Punjab Mental Hospital Lahore 1922-31 - 1922-1931
Year: 1922
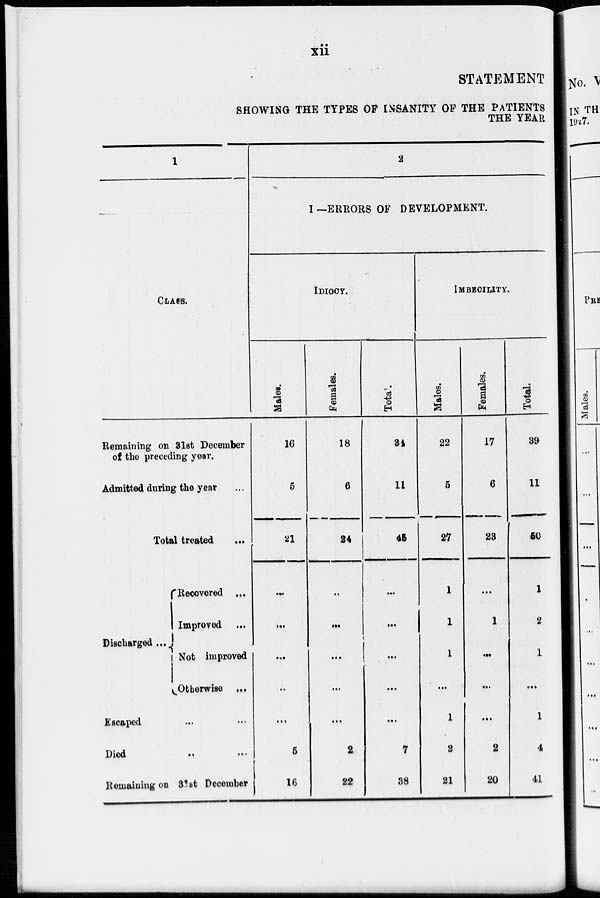
xii
STATEMENT
SHOWING THE TYPES OF INSANITY OF THE PATIENTS
THE YEAR
1
CLASS.
Remaining on 31st December
of the preceding year.
Admitted during the year ...
Total treated
...
Discharged ...
Recovered
...
Improved ...
Not improved
Otherwise ...
Escaped
...
Died
..
...
Remaining on 31st December
2
I—ERRORS OF DEVELOPMENT.
IDIOCY.
Males.
16
5
21
...
...
...
...
...
5
16
Females.
18
6
24
...
...
...
...
...
2
22
Total.
34
11
45
...
...
...
...
...
7
38
IMBECILITY.
Males.
22
5
27
1
1
1
...
1
2
21
Females.
17
6
23
...
1
...
...
...
2
20
Total.
39
11
50
1
2
1
...
1
4
41